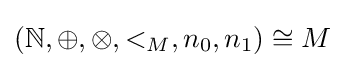
(\mathbb {N} ,\oplus ,\otimes ,<_{M},n_{0},n_{1})\cong M